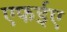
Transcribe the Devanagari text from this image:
एफईए